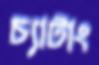
চ্যাটাং